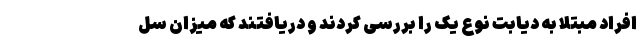
افراد مبتلا به دیابت نوع یک را بررسی کردند و دریافتند که میزان سل